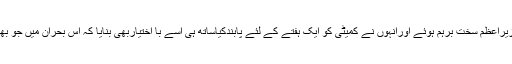
آٹے چینی بحران کی رپورٹ پیش نہ کرنے پروزیراعظم سخت برہم ہوئے اورانہوں نے کمیٹی کو ایک ہفتے کے لئے پابندکیاساتھ ہی اسے با اختیاربھی بنایا کہ اس بحران میں جو بھی ملوث ہوں انہیں ہرصورت سزا دی جائے گی ۔